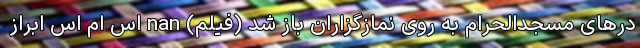
در‌های مسجدالحرام به روی نمازگزاران باز شد (فیلم) nan اس ام اس ابراز